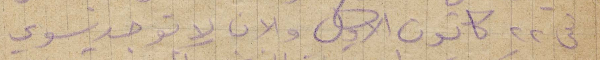
في ٢٢ كانون الأول والان لا يوجد سوى